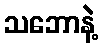
သဘောနဲ့